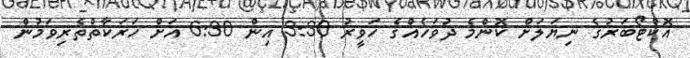
އޮކްޓޯބަރުގެ ނިޔަލަށް ކޮންމެ ދުވަހެއްގެ ހަވީރު 3:30 އިން 6:30 އަށް ހަރަކާތްތެރިވަމުން